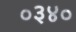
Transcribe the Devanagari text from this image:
०३४०